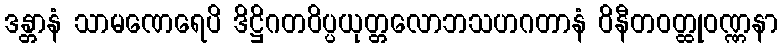
ဒန္တာနံ သာမဏေရေပိ ဒိဋ္ဌိဂတဝိပ္ပယုတ္တလောဘသဟဂတာနံ ဝိနီတဝတ္ထုဝဏ္ဏနာ